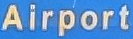
Airport